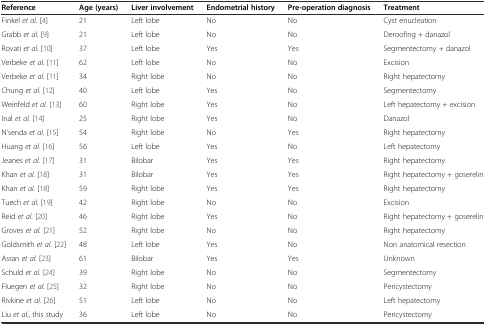
<table><thead><tr><td><b>Reference</b></td><td><b>Age (years)</b></td><td><b>Liver involvement</b></td><td><b>Endometrial history</b></td><td><b>Pre-operation diagnosis</b></td><td><b>Treatment</b></td></tr></thead><tbody><tr><td>Finkel <i>et al.</i> [4]</td><td>21</td><td>Left lobe</td><td>No</td><td>No</td><td>Cyst enucleation</td></tr><tr><td>Grabb <i>et al.</i> [9]</td><td>21</td><td>Left lobe</td><td>No</td><td>No</td><td>Deroofing + danazol</td></tr><tr><td>Rovati <i>et al.</i> [10]</td><td>37</td><td>Left lobe</td><td>Yes</td><td>Yes</td><td>Segmentectomy + danazol</td></tr><tr><td>Verbeke <i>et al.</i> [11]</td><td>62</td><td>Left lobe</td><td>No</td><td>No</td><td>Excision</td></tr><tr><td>Verbeke <i>et al.</i> [11]</td><td>34</td><td>Right lobe</td><td>No</td><td>No</td><td>Right hepatectomy</td></tr><tr><td>Chung <i>et al.</i> [12]</td><td>40</td><td>Left lobe</td><td>Yes</td><td>No</td><td>Segmentectomy</td></tr><tr><td>Weinfeld <i>et al.</i> [13]</td><td>60</td><td>Right lobe</td><td>Yes</td><td>No</td><td>Left hepatectomy + excision</td></tr><tr><td>Inal <i>et al.</i> [14]</td><td>25</td><td>Right lobe</td><td>Yes</td><td>No</td><td>Danazol</td></tr><tr><td>N’senda <i>et al.</i> [15]</td><td>54</td><td>Right lobe</td><td>No</td><td>Yes</td><td>Right hepatectomy</td></tr><tr><td>Huang <i>et al.</i> [16]</td><td>56</td><td>Left lobe</td><td>Yes</td><td>No</td><td>Left hepatectomy</td></tr><tr><td>Jeanes <i>et al.</i> [17]</td><td>31</td><td>Bilobar</td><td>Yes</td><td>Yes</td><td>Right hepatectomy</td></tr><tr><td>Khan <i>et al.</i> [18]</td><td>31</td><td>Bilobar</td><td>Yes</td><td>Yes</td><td>Right hepatectomy + goserelin</td></tr><tr><td>Khan <i>et al.</i> [18]</td><td>59</td><td>Right lobe</td><td>Yes</td><td>Yes</td><td>Right hepatectomy</td></tr><tr><td>Tuech <i>et al.</i> [19]</td><td>42</td><td>Right lobe</td><td>No</td><td>No</td><td>Excision</td></tr><tr><td>Reid <i>et al.</i> [20]</td><td>46</td><td>Right lobe</td><td>Yes</td><td>No</td><td>Right hepatectomy + goserelin</td></tr><tr><td>Groves <i>et al.</i> [21]</td><td>52</td><td>Right lobe</td><td>No</td><td>No</td><td>Right hepatectomy</td></tr><tr><td>Goldsmith <i>et al.</i> [22]</td><td>48</td><td>Left lobe</td><td>Yes</td><td>No</td><td>Non anatomical resection</td></tr><tr><td>Asran <i>et al.</i> [23]</td><td>61</td><td>Bilobar</td><td>Yes</td><td>Yes</td><td>Unknown</td></tr><tr><td>Schuld <i>et al.</i> [24]</td><td>39</td><td>Right lobe</td><td>No</td><td>No</td><td>Segmentectomy</td></tr><tr><td>Fluegen <i>et al.</i> [25]</td><td>32</td><td>Right lobe</td><td>No</td><td>No</td><td>Pericystectomy</td></tr><tr><td>Rivkine <i>et al.</i> [26]</td><td>51</td><td>Left lobe</td><td>No</td><td>No</td><td>Left hepatectomy</td></tr><tr><td>Liu <i>et al.</i>, this study</td><td>36</td><td>Left lobe</td><td>No</td><td>No</td><td>Pericystectomy</td></tr></tbody></table>